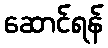
ဆောင်ရန်